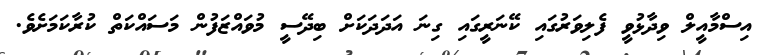
އިސްމާއީލް ވިދާޅުވީ ފެލިވަރުގައި ކޭނަރީގައި ގިިނަ އަދަދަކަށް ބިދޭސީ މުވައްޒަފުން މަސައްކަތް ކުރާކަމަށެވެ.